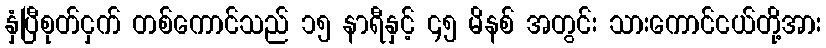
နှံပြီစုတ်ငှက် တစ်ကောင်သည် ၁၅ နာရီနှင့် ၄၅ မိနစ် အတွင်း သားကောင်ငယ်တို့အား